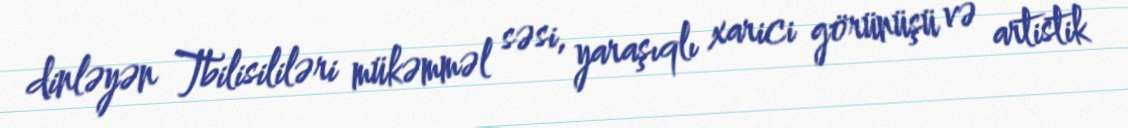
dinləyən Tbilisililəri mükəmməl səsi, yaraşıqlı xarici görünüşü və artistik